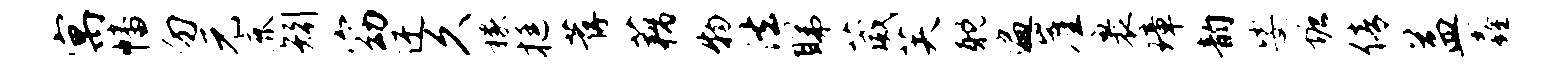
寓幡勿元鹿矧窈迂久稼挺荐藕物法睇葳芙耽遍崖裹璋韵娑塘倩益鑫